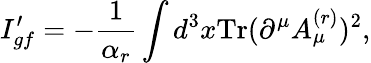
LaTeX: I_{gf}^{\prime}=-\frac{1}{\alpha_{r}}\int d^{3}x\mathrm{Tr}(\partial^{\mu}A_{\mu}^{(r)})^{2},